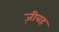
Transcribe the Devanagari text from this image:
ज़ीबह